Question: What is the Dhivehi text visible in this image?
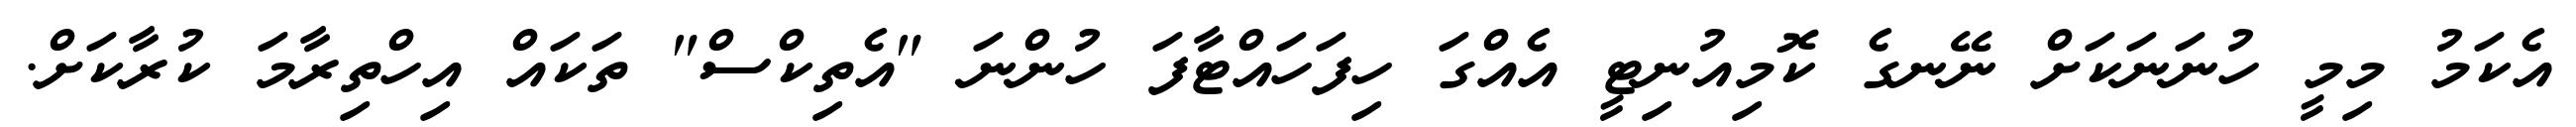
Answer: އެކަމު މިމީ ހުނަނަކަށް ނޭނގެ ކޮމިއުނިޓީ އެއްގަ ހިފަހައްޓާފަ ހުންނަ "އެތިކްސް" ތަކައް އިހްތިރާމަ ކުރާކަށް.